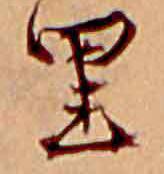
里